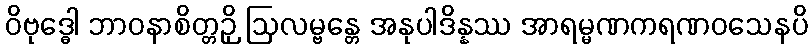
ဝိဗုဒ္ဓေါ ဘာဝနာစိတ္တဉှိ ဩလမ္ဗန္တေ အနုပါဒိန္နဿ အာရမ္မဏကရဏဝသေနပိ